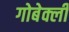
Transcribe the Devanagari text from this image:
गोबेक्ली